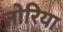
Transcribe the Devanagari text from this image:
तोरिया